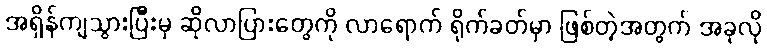
အရှိန်ကျသွားပြီးမှ ဆိုလာပြားတွေကို လာရောက် ရိုက်ခတ်မှာ ဖြစ်တဲ့အတွက် အခုလို